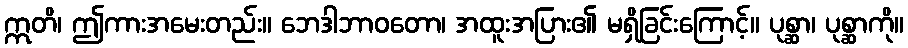
ဣတိ၊ ဤကားအမေးတည်း။ ဘေဒါဘာဝတော၊ အထူးအပြား၏ မရှိခြင်းကြောင့်။ ပုစ္ဆာ၊ ပုစ္ဆာကို။